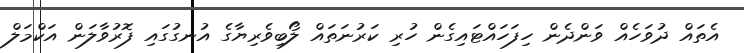
އެތައް ދުވަހެއް ވަންދެން ހިފަހައްޓައިގެން ހުރި ކަރުނަތައް ލޯބިވެރިޔާގެ އުނގުގައި ފޮރުވާލަން އަކްމަލް